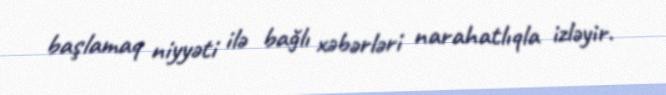
başlamaq niyyəti ilə bağlı xəbərləri narahatlıqla izləyir.